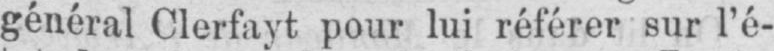
général Clerfayt pour lui référer sur l’é-